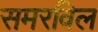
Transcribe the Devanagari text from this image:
समरविल